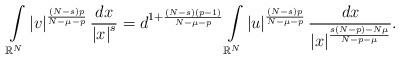
LaTeX: \begin{align*}\int\limits_{\mathbb{R}^{N}}\left\vert v\right\vert ^{\frac{\left( N-s\right) p}{N-\mu-p}}\frac{dx}{\left\vert x\right\vert ^{s}}=d^{1+\frac{\left( N-s\right) \left(p-1\right) }{N-\mu-p}}\int\limits_{\mathbb{R}^{N}}\left\vert u\right\vert ^{\frac{\left( N-s\right) p}{N-\mu-p}}\frac{dx}{\left\vert x\right\vert ^{\frac{s\left( N-p\right) -N\mu}{N-p-\mu}}}.\end{align*}